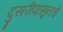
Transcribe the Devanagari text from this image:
दुसरीपासूनचे